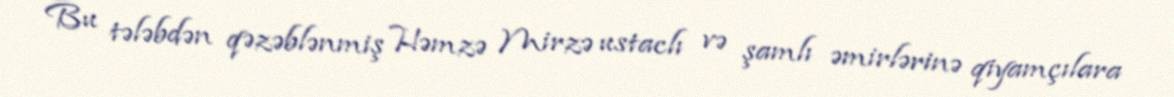
Bu tələbdən qəzəblənmiş Həmzə Mirzə ustaclı və şamlı əmirlərinə qiyamçılara